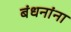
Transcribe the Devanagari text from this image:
बंधनांना